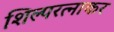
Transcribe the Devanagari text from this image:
शिल्परत्नाकर